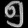
Digit: ၅